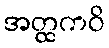
အတ္ထကဝိ